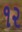
૧૨